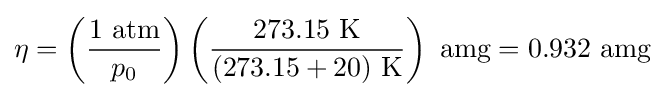
\eta =\left({\frac {1\ {\text{atm}}}{p_{0}}}\right)\left({\frac {273.15\ {\text{K}}}{(273.15+20)\ {\text{K}}}}\right)\ {\text{amg}}=0.932\ {\text{amg}}